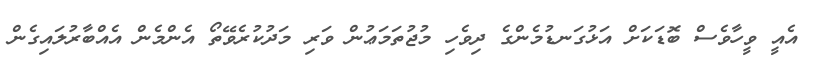
އެއީ ވީހާވެސް ބޮޑަކަށް އަޅުގަނޑުމެންގެ ދިވެހި މުޖުތަމަޢުން ވަރި މަދުކުރެވޭތޯ އެންމެން އެއްބާރުލައިގެން